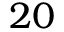
2 0